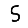
Digit: 5